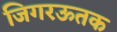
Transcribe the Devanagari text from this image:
जिगरऊतक